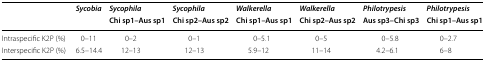
<table><thead><tr><td rowspan="2"></td><td rowspan="2"><b><i>Sycobia</i></b></td><td><b><i>Sycophila</i></b></td><td><b><i>Sycophila</i></b></td><td><b><i>Walkerella</i></b></td><td><b><i>Walkerella</i></b></td><td><b><i>Philotrypesis</i></b></td><td><b><i>Philotrypesis</i></b></td></tr><tr><td><b>Chi sp1–Aus sp1</b></td><td><b>Chi sp2–Aus sp2</b></td><td><b>Chi sp1–Aus sp1</b></td><td><b>Chi sp2–Aus sp2</b></td><td><b>Aus sp3–Chi sp3</b></td><td><b>Chi sp1–Aus sp1</b></td></tr></thead><tbody><tr><td>Intraspecific K2P (%)</td><td>0–11</td><td>0–2</td><td>0–1</td><td>0–5.1</td><td>0–5</td><td>0–5.8</td><td>0–2.7</td></tr><tr><td>Interspecific K2P (%)</td><td>6.5–14.4</td><td>12–13</td><td>12–13</td><td>5.9–12</td><td>11–14</td><td>4.2–6.1</td><td>6–8</td></tr></tbody></table>